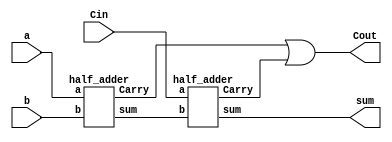
/* Generated by Yosys 0.9 (git sha1 1979e0b) */

module full_adder(a, b, Cin, sum, Cout);
  wire _0_;
  wire C1;
  wire C2;
  input Cin;
  output Cout;
  wire S1;
  input a;
  input b;
  output sum;
  assign _0_ = C1 | C2;
  half_adder HA1 (
    .Carry(C1),
    .a(a),
    .b(b),
    .sum(S1)
  );
  half_adder HA2 (
    .Carry(C2),
    .a(Cin),
    .b(S1),
    .sum(sum)
  );
  assign Cout = _0_;
endmodule

module half_adder(a, b, sum, Carry);
  wire _0_;
  wire _1_;
  output Carry;
  input a;
  input b;
  output sum;
  assign _0_ = a & b;
  assign _1_ = a ^ b;
  assign sum = _1_;
  assign Carry = _0_;
endmodule